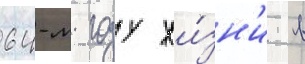
64-м году жи́зн'и в